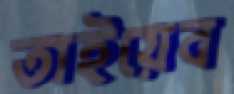
তাইয়েব